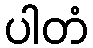
ပါတံ